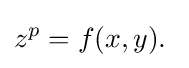
z^{p}=f(x,y).\